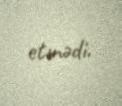
etmədi.